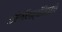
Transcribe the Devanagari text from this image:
अभिलषितार्थीचिंतामणि